Leaving Certificate Examination (including Day School Certificate (Higher) General paper), 1937
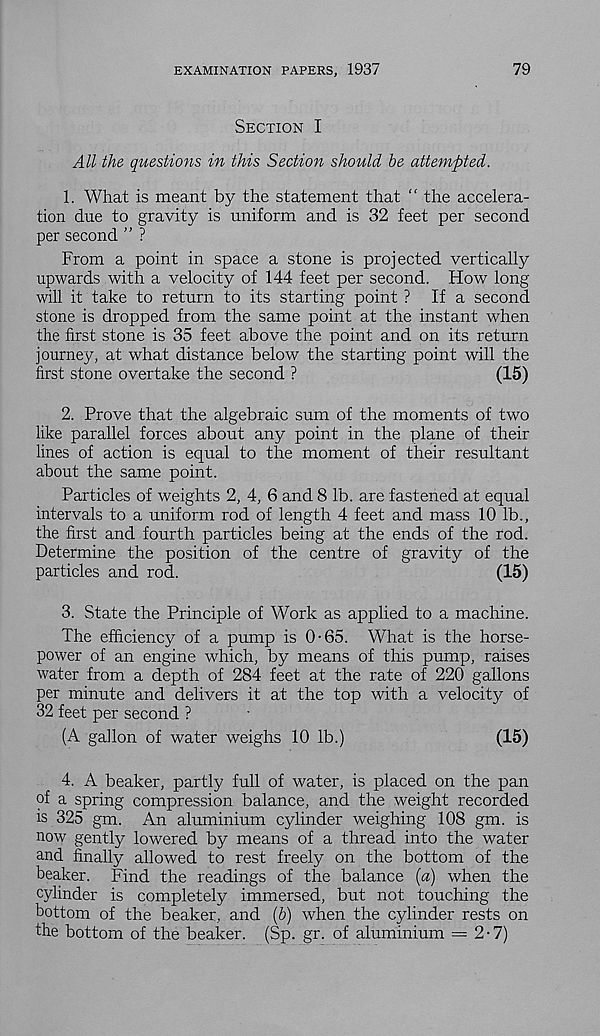
EXAMINATION PAPERS, 1937
79
Section I
All the questions in this Section should be attempted.
1. What is meant by the statement that “ the accelera-
tion due to gravity is uniform and is 32 feet per second
per second ” ?
From a point in space a stone is projected vertically
upwards with a velocity of 144 feet per second. How long
will it take to return to its starting point ? If a second
stone is dropped from the same point at the instant when
the first stone is 35 feet above the point and on its return
journey, at what distance below the starting point will the
first stone overtake the second ?
(15)
2. Prove that the algebraic sum of the moments of two
like parallel forces about any point in the plane of their
lines of action is equal to the moment of their resultant
about the same point.
Particles of weights 2, 4, 6 and 8 lb. are fastened at equal
intervals to a uniform rod of length 4 feet and mass 10 lb.,
the first and fourth particles being at the ends of the rod.
Determine the position of the centre of gravity of the
particles and rod.
(15)
3. State the Principle of Work as applied to a machine.
The efficiency of a pump is 0-65. What is the horse-
power of an engine which, by means of this pump, raises
water from a depth of 284 feet at the rate of 220 gallons
per minute and delivers it at the top with a velocity of
32 feet per second ?
(A gallon of water weighs 10 lb.)
(15)
4. A beaker, partly full of water, is placed on the pan
of a spring compression balance, and the weight recorded
is 325 gm. An aluminium cylinder weighing 108 gm. is
now gently lowered by means of a thread into the water
and finally allowed to rest freely on the bottom of the
beaker. Find the readings of the balance (a) when the
cylinder is completely immersed, but not touching the
bottom of the beaker, and (b) when the cylinder rests on
the bottom of the beaker. (Sp. gr. of aluminium — 2-7)